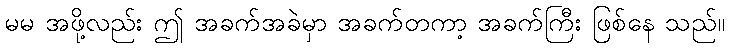
မမ အဖို့လည်း ဤ အခက်အခဲမှာ အခက်တကာ့ အခက်ကြီး ဖြစ်နေ သည်။